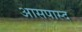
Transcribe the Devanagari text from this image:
आसपास्द